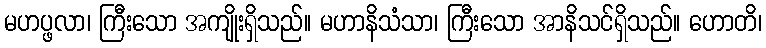
မဟပ္ဖလာ၊ ကြီးသော အကျိုးရှိသည်။ မဟာနိသံသာ၊ ကြီးသော အာနိသင်ရှိသည်။ ဟောတိ၊